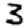
Digit: 3